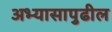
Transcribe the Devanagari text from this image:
अभ्यासापुढील